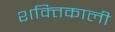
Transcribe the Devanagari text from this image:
शक्‍तिकाली